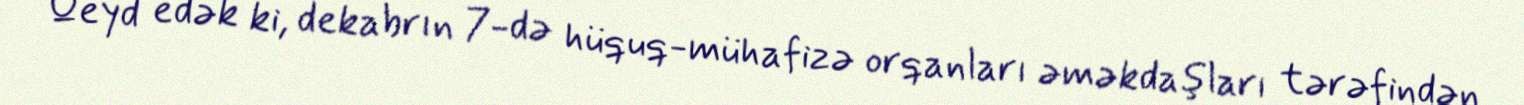
Qeyd edək ki, dekabrın 7-də hüquq-mühafizə orqanları əməkdaşları tərəfindən